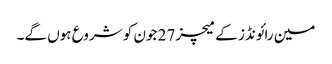
مین رائونڈز کے میچز 27 جون کو شروع ہوں گے۔